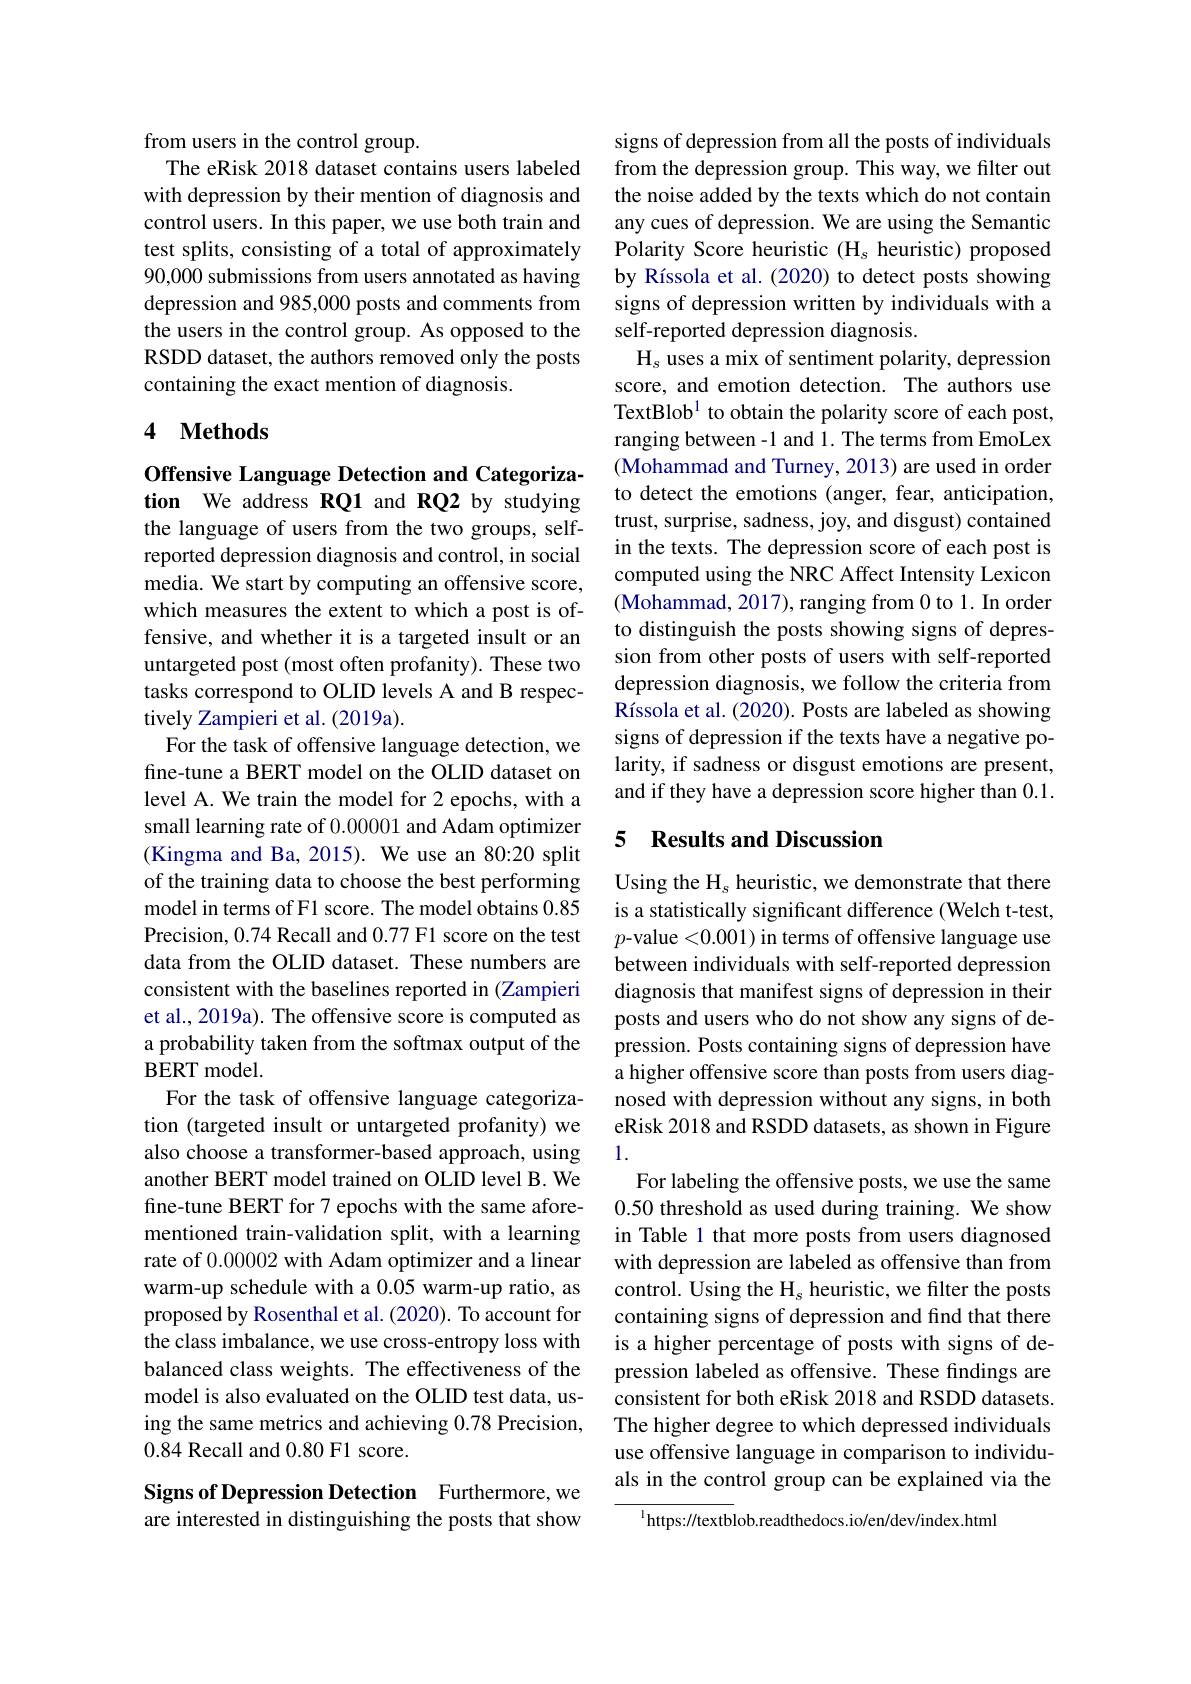
from users in the control group.
The eRisk 2018 dataset contains users labeled with depression by their mention of diagnosis and control users. In this paper, we use both train and test splits, consisting of a total of approximately 90,000 submissions from users annotated as having depression and 985,000 posts and comments from the users in the control group. As opposed to the RSDD dataset, the authors removed only the posts containing the exact mention of diagnosis.

### 4 $\textbf{Methods}$

Offensive Language Detection and Categorization We address RQ1 and RQ2 by studying

the language of users from the two groups, selfreported depression diagnosis and control, in social media. We start by computing an offensive score, which measures the extent to which a post is offensive, and whether it is a targeted insult or an untargeted post (most often profanity). These two tasks correspond to OLID levels A and B respectively Zampieri et al. (2019a).
For the task of offensive language detection, we fine-tune a BERT model on the OLID dataset on level A. We train the model for 2 epochs, with a small learning rate of 0.00001 and Adam optimizer (Kingma and Ba, 2015). We use an 80:20 split of the training data to choose the best performing model in terms of F1 score. The model obtains 0.85 Precision, 0.74 Recall and 0.77 F1 score on the test data from the OLID dataset. These numbers are consistent with the baselines reported in (Zampieri et al., 2019a). The offensive score is computed as a probability taken from the softmax output of the BERT model.
For the task of offensive language categorization (targeted insult or untargeted profanity) we also choose a transformer-based approach, using another BERT model trained on OLID level B. We fine-tune BERT for 7 epochs with the same aforementioned train-validation split, with a learning rate of 0.00002 with Adam optimizer and a linear warm-up schedule with a 0.05 warm-up ratio, as proposed by Rosenthal et al. (2020). To account for the class imbalance, we use cross-entropy loss with balanced class weights. The effectiveness of the model is also evaluated on the OLID test data, using the same metrics and achieving 0.78 Precision, 0.84 Recall and 0.80 F1 score.
Signs of Depression Detection Furthermore,we

## are interested in distinguishing the posts that show

signs of depression from all the posts of individuals from the depression group. This way, we filter out the noise added by the texts which do not contain any cues of depression. We are using the Semantic Polarity Score heuristic ($\mathcal{H}_s$ heuristic) proposed by Ríssola et al. (2020) to detect posts showing signs of depression written by individuals with a self-reported depression diagnosis.
$\mathrm{H}_{s}$ uses a mix of sentiment polarity, depression score, and emotion detection. The authors use TextBlob$^{1}$ to obtain the polarity score of each post, ranging between -1 and 1. The terms from EmoLex (Mohammad and Turney, 2013) are used in order to detect the emotions (anger, fear, anticipation, trust, surprise, sadness, joy, and disgust) contained in the texts. The depression score of each post is computed using the NRC Affect Intensity Lexicon (Mohammad, 2017), ranging from 0 to 1. In order to distinguish the posts showing signs of depression from other posts of users with self-reported depression diagnosis, we follow the criteria from Ríssola et al. (2020). Posts are labeled as showing signs of depression if the texts have a negative polarity, if sadness or disgust emotions are present, and if they have a depression score higher than 0.1.

## 5 Results and Discussion

Using the $\mathrm{H}_{s}$ heuristic, we demonstrate that there is a statistically significant difference (Welch t-test, $p$-value <0.001) in terms of offensive language use between individuals with self-reported depression diagnosis that manifest signs of depression in their posts and users who do not show any signs of depression. Posts containing signs of depression have a higher offensive score than posts from users diagnosed with depression without any signs, in both eRisk 2018 and RSDD datasets, as shown in Figure 1.
For labeling the offensive posts, we use the same 0.50 threshold as used during training. We show in Table 1 that more posts from users diagnosed with depression are labeled as offensive than from control. Using the $\mathrm{H}_{\mathrm{s}}$ heuristic, we filter the posts containing signs of depression and find that there is a higher percentage of posts with signs of depression labeled as offensive. These findings are consistent for both eRisk 2018 and RSDD datasets. The higher degree to which depressed individuals use offensive language in comparison to individuals in the control group can be explained via the
$^{1}$https://textblob.readthedocs.io/en/dev/index.html